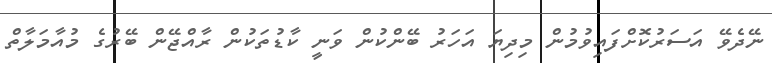
ނޭދެވޭ އަސަރުކޮށްފައިވުމުން މިދިޔަ އަހަރު ބޭންކުން ވަނީ ކާޑުތަކުން ރާއްޖޭން ބޭރުގެ މުއާމަލާތް